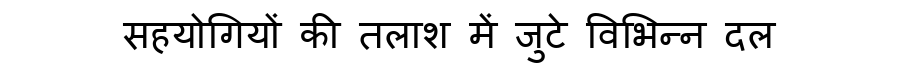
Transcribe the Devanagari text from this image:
सहयोगियों की तलाश में जुटे विभिन्न दल